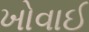
ખોવાઈ